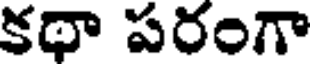
కథా పరంగా